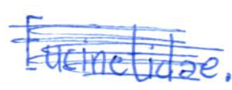
Text: Eucinetidae.
Cross-out: scratch
Writing tool: ballpoint